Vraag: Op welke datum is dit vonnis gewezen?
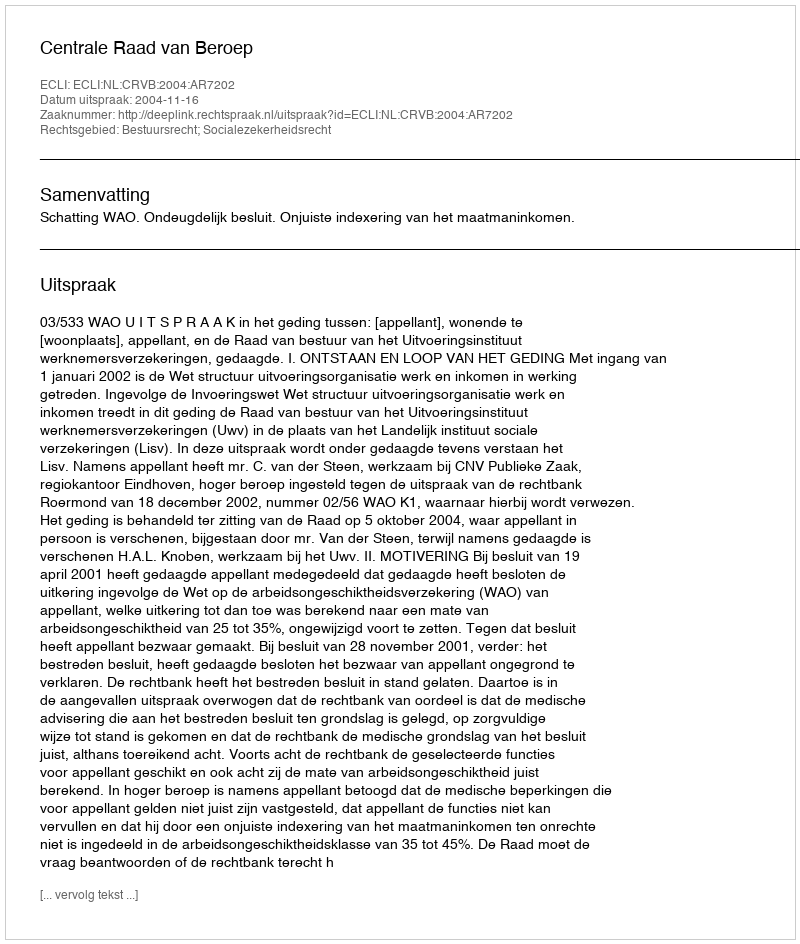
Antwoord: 2004-11-16